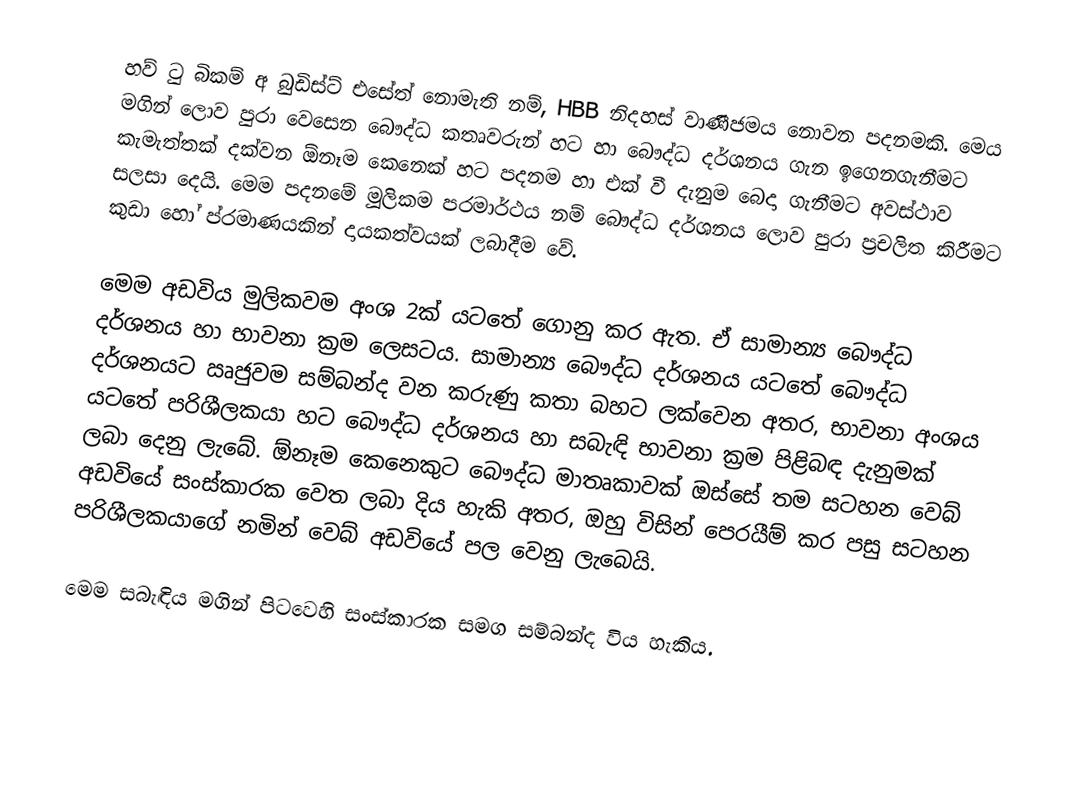
හව් ටු බිකම් අ බුඩිස්ට් එසේත් නොමැති නම්, HBB නිදහස් වාණීජමය නොවන පදනමකි. මෙය මගින් ලොව පුරා වෙසෙන බෞද්ධ කතෘවරුන් හට හා බෞද්ධ දර්ශනය ගැන ඉගෙනගැනීමට කැමැත්තක් දක්වන ඕනෑම කෙනෙක් හට පදනම හා එක් වී දැනුම බෙදා ගැනීමට අවස්ථාව සලසා දෙයි. මෙම පදනමේ මූලිකම පරමාර්ථය නම් බෞද්ධ දර්ශනය ලොව පුරා ප්‍රචලිත කිරීමට කුඩා හෝ ප්රමාණයකින් දායකත්වයක් ලබාදීම වේ.

මෙම අඩවිය මුලිකවම අංශ 2ක් යටතේ ගොනු කර ඇත. ඒ සාමාන්‍ය බෞද්ධ දර්ශනය හා භාවනා ක්‍රම ලෙසටය. සාමාන්‍ය බෞද්ධ දර්ශනය යටතේ බෞද්ධ දර්ශනයට ඍජුවම සම්බන්ද වන කරුණු කතා බහට ලක්වෙන අතර, භාවනා අංශය යටතේ පරිශීලකයා හට බෞද්ධ දර්ශනය හා සබැඳි භාවනා ක්‍රම පිළිබඳ දැනුමක් ලබා දෙනු ලැබේ. ඕනෑම කෙනෙකුට බෞද්ධ මාතෘකාවක් ඔස්සේ තම සටහන වෙබ් අඩවියේ සංස්කාරක වෙත ලබා දිය හැකි අතර, ඔහු විසින් පෙරයීම් කර පසු සටහන පරිශීලකයාගේ නමින් වෙබ් අඩවියේ පල වෙනු ලැබෙයි.

මෙම සබැඳිය මගින් පිටවෙහි සංස්කාරක සමග සම්බන්ද විය හැකිය.